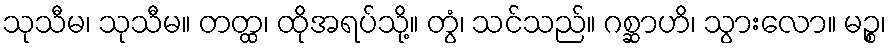
သုသီမ၊ သုသီမ။ တတ္ထ၊ ထိုအရပ်သို့။ တွံ၊ သင်သည်။ ဂစ္ဆာဟိ၊ သွားလော။ မဉ္စ၊